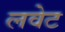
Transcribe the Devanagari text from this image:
लवेट